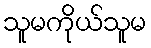
သူမကိုယ်သူမ